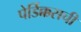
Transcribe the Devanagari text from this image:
पेर्डिक्कसची